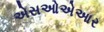
એસઓએઆર